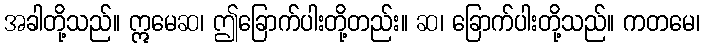
အခါတို့သည်။ ဣမေဆ၊ ဤခြောက်ပါးတို့တည်း။ ဆ၊ ခြောက်ပါးတို့သည်။ ကတမေ၊